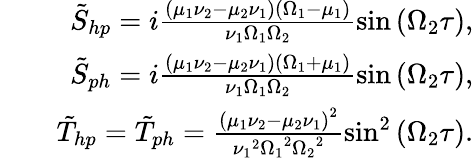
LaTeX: \begin{array}{rlr}&{}&{\tilde{S}_{hp}=i\frac{\left(\mu_{1}\nu_{2}-\mu_{2}\nu_{1}\right)\left(\Omega_{1}-\mu_{1}\right)}{\nu_{1}\Omega_{1}\Omega_{2}}\sin\left(\Omega_{2}\tau\right),}\\ &{}&{\tilde{S}_{ph}=i\frac{\left(\mu_{1}\nu_{2}-\mu_{2}\nu_{1}\right)\left(\Omega_{1}+\mu_{1}\right)}{\nu_{1}\Omega_{1}\Omega_{2}}\sin\left(\Omega_{2}\tau\right),}\\ &{}&{\tilde{T}_{hp}=\tilde{T}_{ph}=\frac{\left(\mu_{1}\nu_{2}-\mu_{2}\nu_{1}\right)^{2}}{{\nu_{1}}^{2}{\Omega_{1}}^{2}{\Omega_{2}}^{2}}\sin^{2}\left(\Omega_{2}\tau\right).}\end{array}